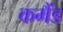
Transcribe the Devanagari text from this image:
कमैंड